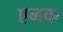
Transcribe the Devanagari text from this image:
एनक